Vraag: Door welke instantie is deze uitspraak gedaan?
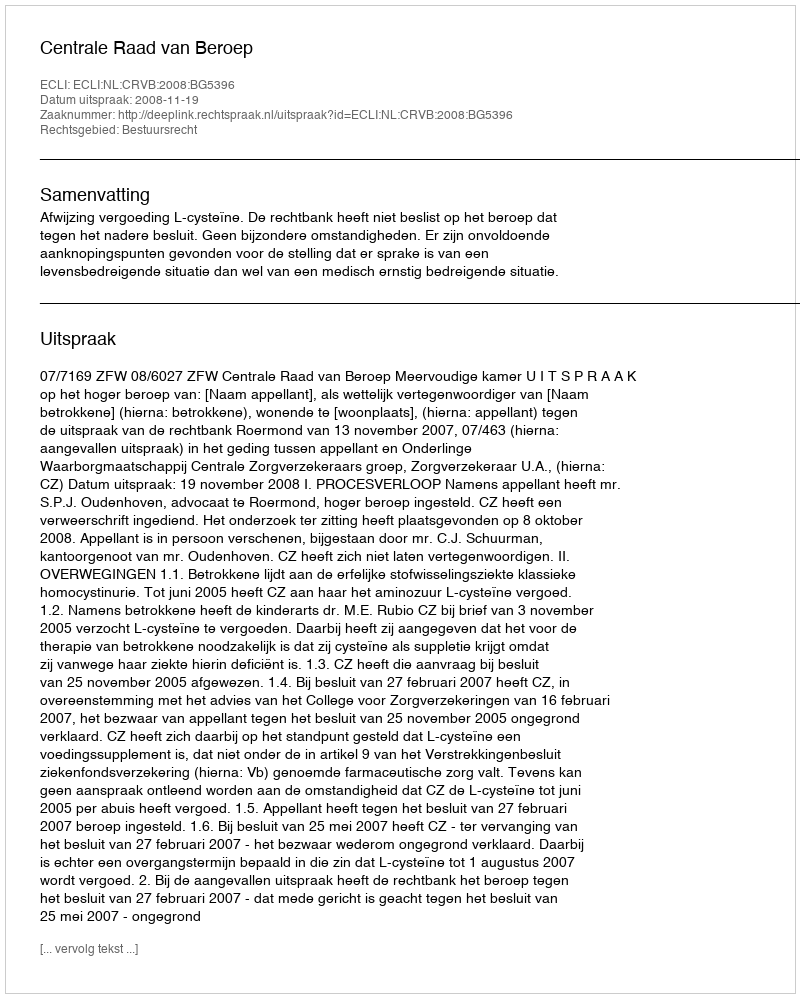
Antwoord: Centrale Raad van Beroep